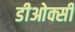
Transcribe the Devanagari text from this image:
डीओक्सी